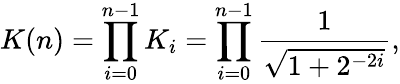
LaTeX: K(n)=\prod_{i=0}^{n-1}K_{i}=\prod_{i=0}^{n-1}{\frac{1}{\sqrt{1+2^{-2i}}}},